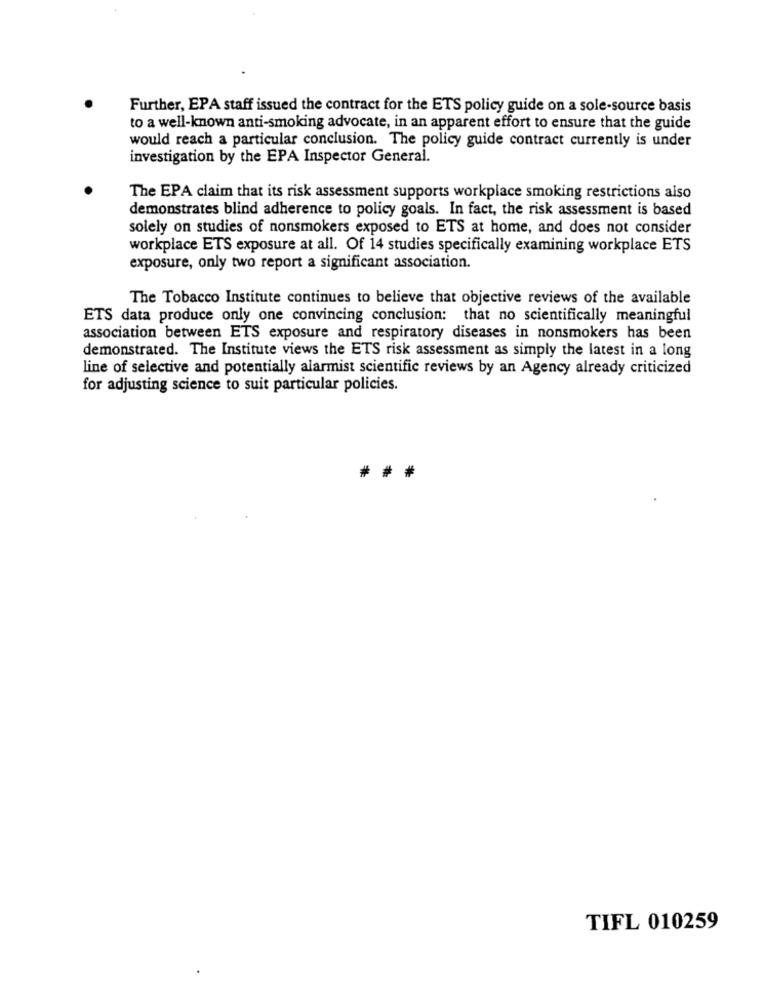
Further, EPA staff issued the contract for the ETS policy guide on a sole-source basis
to a well-known anti-smoking advocate, in an apparent effort to ensure that the guide
would reach a particular conclusion. The policy guide contract currently is under
investigation by the EPA Inspector General.
The EPA claim that its risk assessment supports workplace smoking restrictions also
demonstrates blind adherence to policy goals. In fact, the risk assessment is based
solely on studies of nonsmokers exposed to ETS at home, and does not consider
workplace ETS exposure at all. Of 14 studies specifically examining workplace ETS
exposure, only two report a significant association.
The Tobacco Institute continues to believe that objective reviews of the available
ETS data produce only one convincing conclusion: that no scientifically meaningful
association between ETS exposure and respiratory diseases in nonsmokers has been
demonstrated. The Institute views the ETS risk assessment as simply the latest in a long
line of selective and potentially alarmist scientific reviews by an Agency already criticized
for adjusting science to suit particular policies.
TIFL 010259